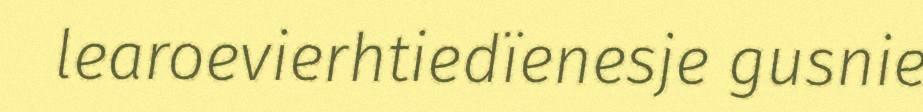
learoevierhtiedïenesje gusnie